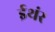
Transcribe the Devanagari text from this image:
ईथंर